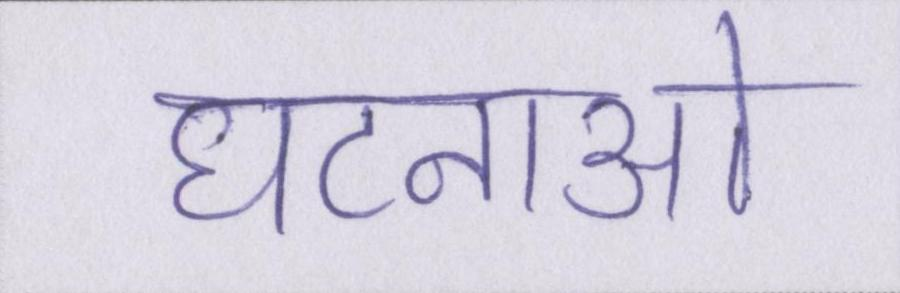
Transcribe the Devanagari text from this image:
घटनाओ